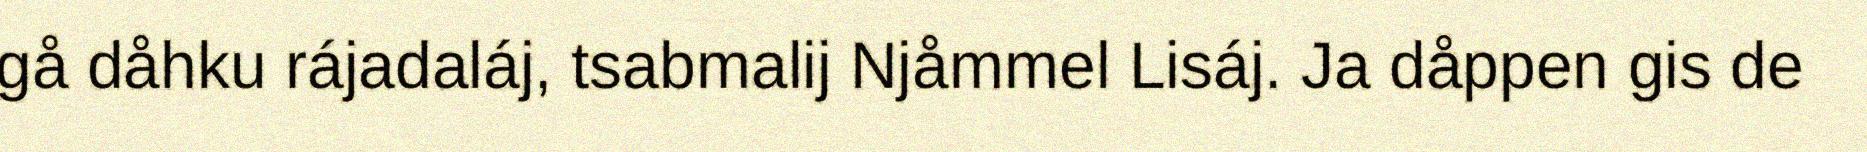
gå dåhku rájadaláj, tsabmalij Njåmmel Lisáj. Ja dåppen gis de